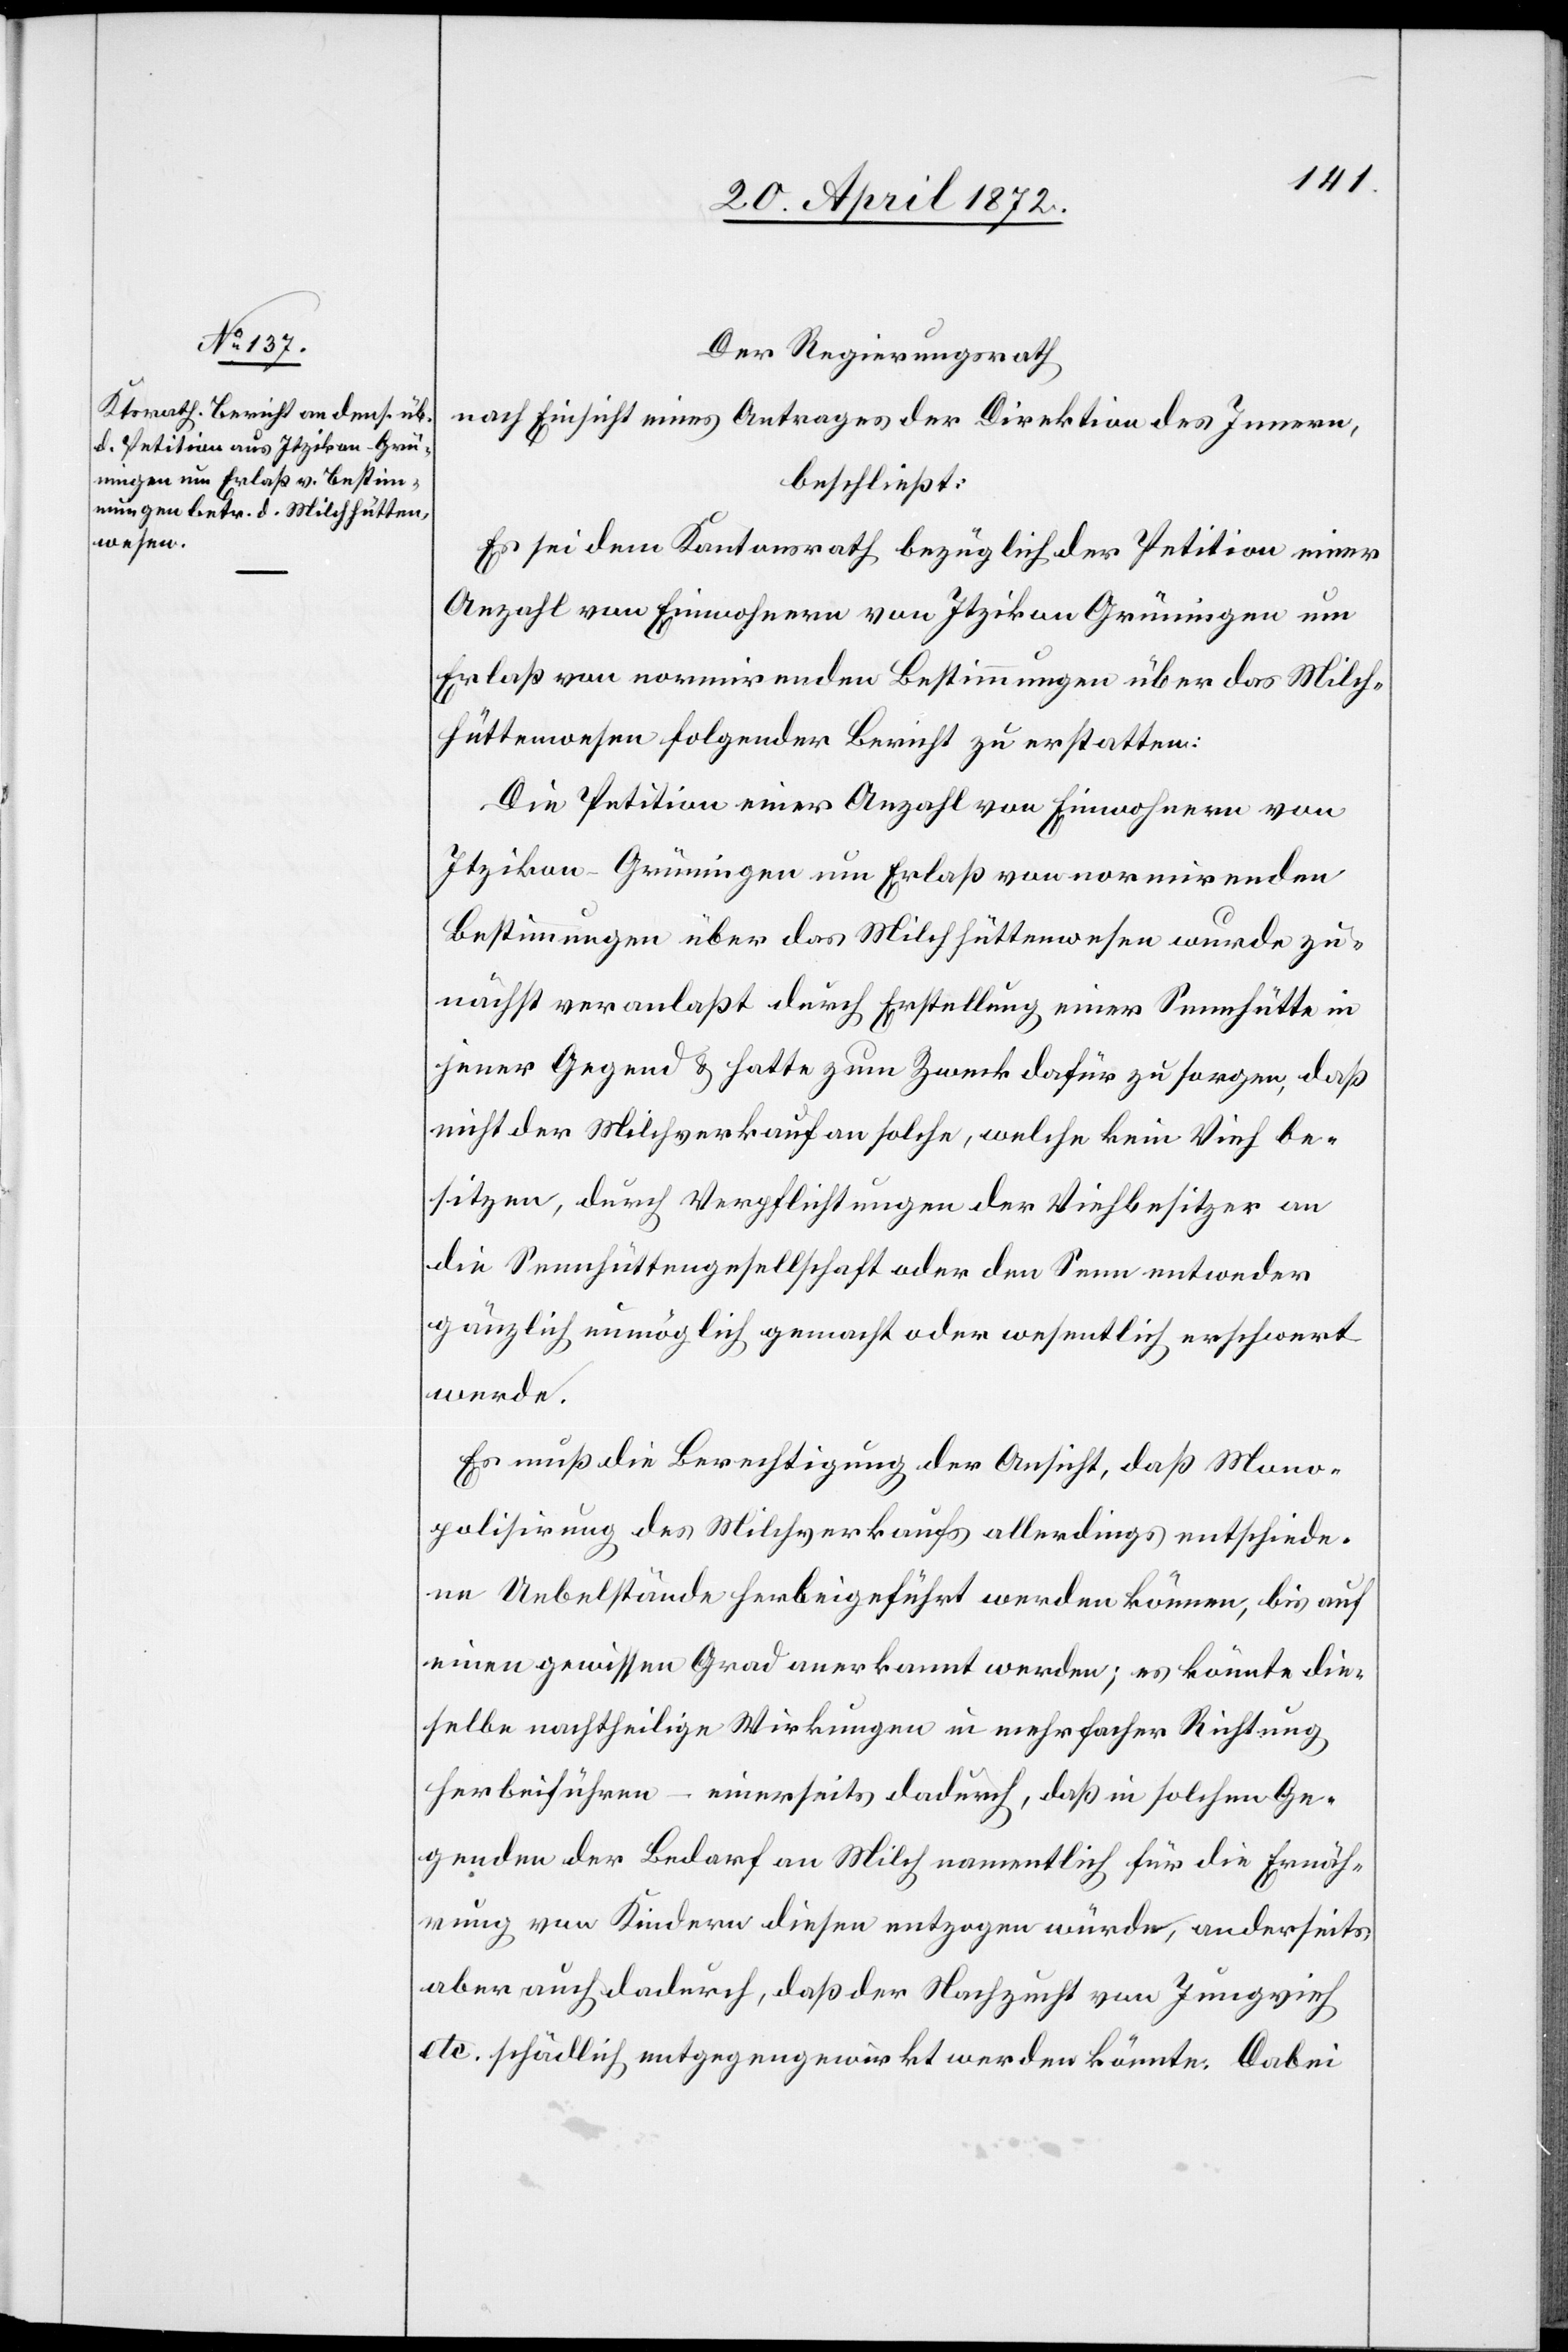
Mono¬
Der Regierungsrath
nach Einsicht eines Antrages der Direktion des Innern,
beschließt:
Es sei dem Kantonsrath bezüglich der Petition einer
Anzahl von Einwohnern von Itzikon Grüningen um
Erlaß von normirenden Bestimmungen über das Milch¬
hüttenwesen folgender Bericht zu erstatten:
Die Petition einer Anzahl von Einwohnern von
Itzikon - Grüningen um Erlaß von normirenden
Bestimmungen über das Milchhüttenwesen wurde zu¬
nächst veranlaßt durch Erstellung einer Sennhütte in
jener Gegend u. hatte zum Zweck dafür zu sorgen, daß
nicht der Milchverkauf an solche, welche kein Vieh be¬
sitzen, durch Verpflichtungen der Viehbesitzer an
die Sennhüttengesellschaft oder den Senn entweder
gänzlich unmöglich gemacht oder wesentlich erschwert
werde.
Es muß die Berechtigung der Ansicht, daß [durch]
polisirung des Milchverkaufs allerdings entschiede¬
ne Uebelstände herbeigeführt werden können, bis auf
einen gewissen Grad anerkannt werden; es könnte die¬
selbe nachtheilige Wirkungen in mehrfacher Richtung
herbeiführen – einerseits dadurch, daß in solchen Ge¬
genden der Bedarf an Milch namentlich für die Ernäh¬
rung von Kindern diesen entzogen würde, anderseits
aber auch dadurch, daß der Nachzucht von Jungvieh
etc. schädlich entgegengewirkt werden könnte. Dabei